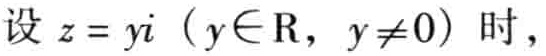
设 \( z = yi\)（\(y\in \mathrm{R}\)，\(y\neq 0\)）时，